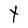
Character: t